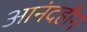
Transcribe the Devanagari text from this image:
आनंदहीन